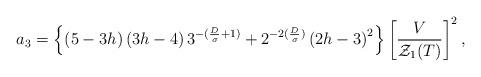
LaTeX: \begin{align*}a_{3}=\left\{\left(5-3h\right)\left(3h-4\right)3^{-(\frac{D}{\sigma}+1)}+2^{-2(\frac{D}{\sigma})}\left(2h-3\right)^2 \right\}\left[\frac{V}{{\cal{Z}}_{1}(T)}\right]^2,\end{align*}